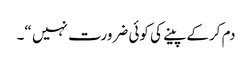
دم کرکے پینے کی کوئی ضرورت نہیں “۔